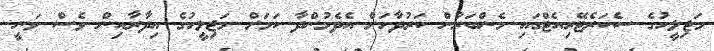
މަޖިލީހުގެ ސެކަރެޓޭރިއެޓްގައި މެންބަރުން ކަރުދާހަށް އެދެމުންދާ ކަމަށް މަޖިލީހުގެ އިދާރާއިން ވެސް ވަނީ